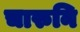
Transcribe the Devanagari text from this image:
चारुनि